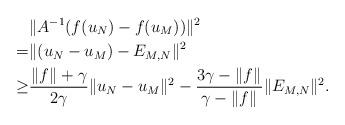
LaTeX: \begin{align*}&\|A^{-1}(f(u_N)-f(u_M))\|^2 \\= & \|(u_N-u_M)-E_{M,N}\|^2 \\\geq & \frac{\|f\|_{}+\gamma}{2\gamma}\|u_N-u_M\|^2-\frac{3\gamma-\|f\|_{}}{\gamma-\|f\|_{}}\|E_{M,N}\|^2.\end{align*}